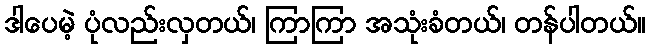
ဒါပေမဲ့ ပုံလည်းလှတယ်၊ ကြာကြာ အသုံးခံတယ်၊ တန်ပါတယ်။